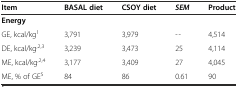
| Item | BASAL diet | CSOY diet | SEM | Product |
 | --- | --- | --- | --- | --- |
 | Energy |  |  |  |  |
 | GE, kcal/kg1 | 3,791 | 3,979 | -- | 4,514 |
 | DE, kcal/kg,2,3 | 3,239 | 3,473 | 25 | 4,114 |
 | ME, kcal/kg,2,4 | 3,177 | 3,409 | 27 | 4,045 |
 | ME, % of GE5 | 84 | 86 | 0.61 | 90 |